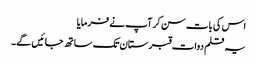
اس کی بات سن کر آپ نے فرمایا
یہ قلم دوات قبرستان تک ساتھ جائیں گے۔